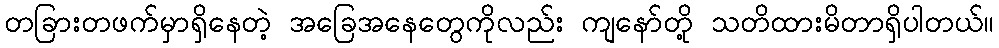
တခြားတဖက်မှာရှိနေတဲ့ အခြေအနေတွေကိုလည်း ကျနော်တို့ သတိထားမိတာရှိပါတယ်။